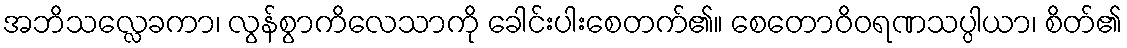
အဘိသလ္လေခကာ၊ လွန်စွာကိလေသာကို ခေါင်းပါးစေတက်၏။ စေတောဝိဝရဏသပ္ပါယာ၊ စိတ်၏